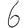
Digit: 6